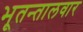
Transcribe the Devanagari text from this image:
भूतन्तालवार